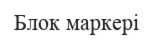
Блок маркері